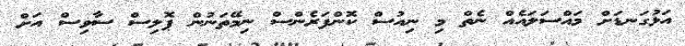
އަޅުގަނޑަށް މައްސަލައެއް ނެތް މި ނިއުސް ކޮންފަރެންސް ނިމޭތަނުން ޕޮލިސް ސާވިސް އަށް